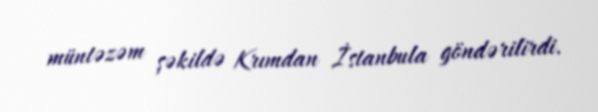
müntəzəm şəkildə Krımdan İstanbula göndərilirdi.